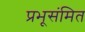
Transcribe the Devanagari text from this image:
प्रभूसंमित